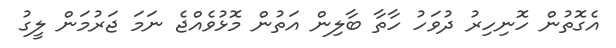
އެގޮތުން ހޮނިހިރު ދުވަހު ހާތާ ބާލިން އަތުން މޮޅުުވެއްޖެ ނަމަ ޖަރުމަން ލީގު